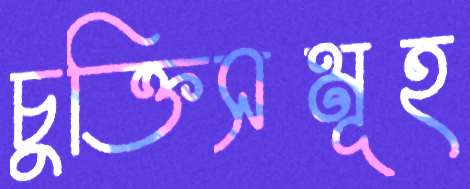
চুক্তিসমূহ